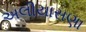
અલીયાસણા